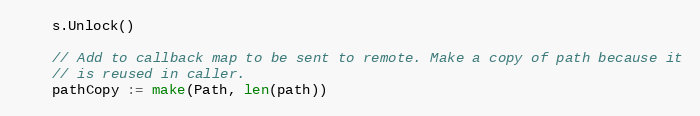
Language: Go
	s.Unlock()

	// Add to callback map to be sent to remote. Make a copy of path because it
	// is reused in caller.
	pathCopy := make(Path, len(path))